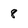
Character: 8